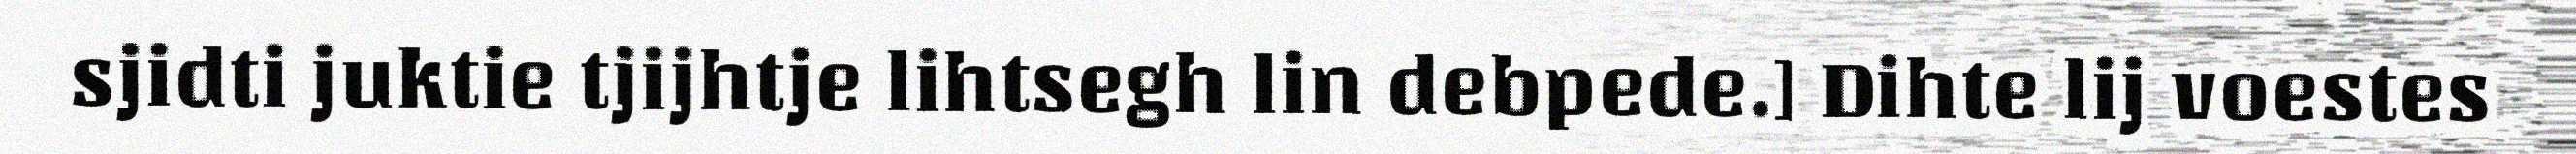
sjidti juktie tjijhtje lihtsegh lin debpede.] Dihte lij voestes